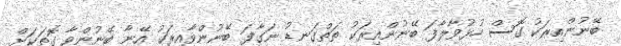
ބޭނުންއިރަކު ގޮސް ހުޅުވާލާފަ ބޭނުންއިރަކު ތަތްގަނޑު ނަގާފަ ބޭނުންވާއިރަކު އޭނާ ބޭނުންވާ ގޮތަކަށް